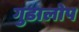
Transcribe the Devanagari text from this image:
गुडालोप